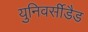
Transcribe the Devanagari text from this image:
युनिवर्सीडैड